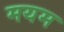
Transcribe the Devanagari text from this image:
मयम